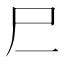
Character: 𰍰